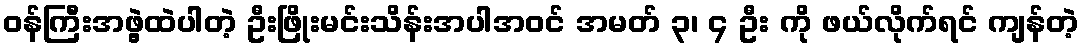
ဝန်ကြီးအဖွဲ့ထဲပါတဲ့ ဦးဖြိုးမင်းသိန်းအပါအဝင် အမတ် ၃၊ ၄ ဦး ကို ဖယ်လိုက်ရင် ကျန်တဲ့